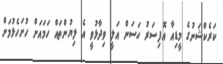
ކަރެކްޝަނުގެ މީޑިއާ އޮފިސަރު ހަސަން އަލީ ވިދާޅުވީ އެ ލިޔުންތައް ހަމައަށް ހުށަހެޅުމަށް